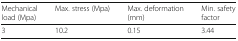
<table><thead><tr><td><b>Mechanical load (Mpa)</b></td><td><b>Max. stress (Mpa)</b></td><td><b>Max. deformation (mm)</b></td><td><b>Min. safety factor</b></td></tr></thead><tbody><tr><td>3</td><td>10.2</td><td>0.15</td><td>3.44</td></tr></tbody></table>